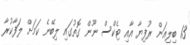
13 ބިލިއަން ރުފިޔާ އާއި ޓެކްސް ނޫން ގޮތުގައި ލިބޭނެ ކަމަށް ލަފާކުރާ